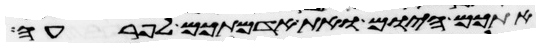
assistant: אתכם היום ואת אדמתיכם לפרעה